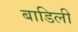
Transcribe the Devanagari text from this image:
बाडिली